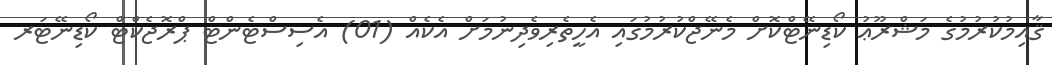
ޤާއިމުކުރުމުގެ މަޝްރޫޢު ކޯޑިނޭޓްކޮށް މެނޭޖްކުރުމުގައި އެހީތެރިވެދިނުމަށް އެކެއް (01) އެސިސްޓެންޓް ޕްރޮޖެކްޓް ކޯޑިނޭޓަރ